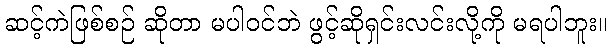
ဆင့်ကဲဖြစ်စဉ် ဆိုတာ မပါဝင်ဘဲ ဖွင့်ဆိုရှင်းလင်းလို့ကို မရပါဘူး။